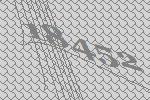
18452